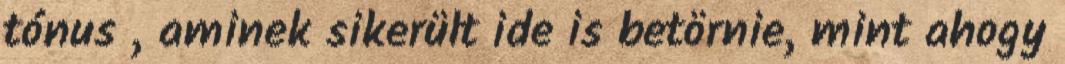
tónus , aminek sikerült ide is betörnie, mint ahogy